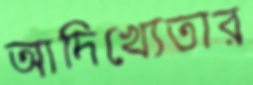
আদিখ্যেতার